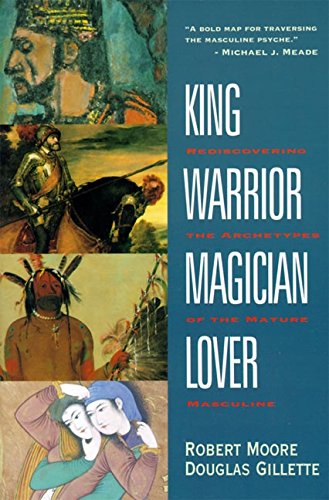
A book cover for King, Warrior, Magician, Lover: Rediscovering the Archetypes of the Mature Masculine; Robert Moore; Medical Books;